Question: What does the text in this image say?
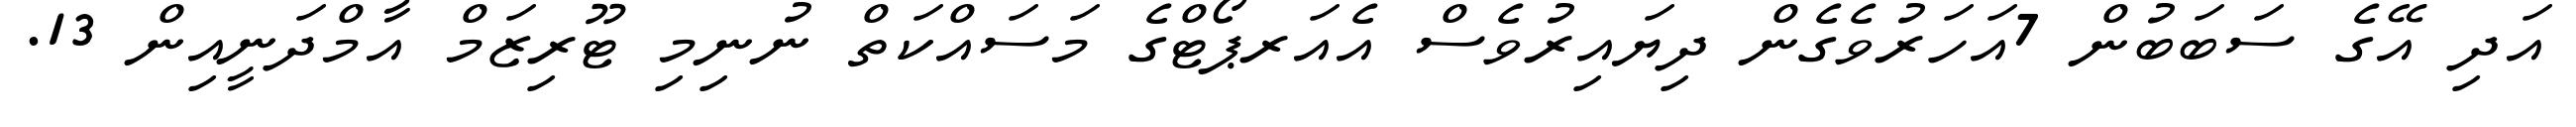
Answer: އަދި އޭގެ ސަބަބުން 7އަހަރުވެގެން ދިޔައިރުވެސް އެއަރޕޯޓްގެ މަސައްކަތް ނުނިމި ޓޫރިޒަމް އާމްދަނީއިން 13.